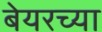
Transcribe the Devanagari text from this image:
बेयरच्या